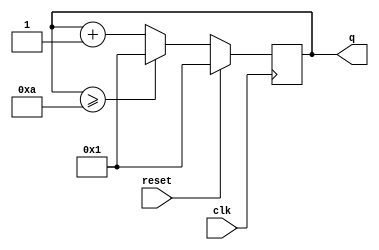
module top_module (
    input clk,
    input reset,        // Synchronous active-high reset
    output [3:0] q);
	
    always @(posedge clk) begin
        q = reset? 4'b0001 : (q>=4'b1010 ? 4'b0001 : q + 4'b0001);
    end
endmodule